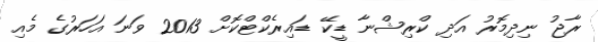
ރާޖު ނިދިމޮރު އަދި ކްރިޝްނާ ޑީކޭ ޑައިރެކްޓްކޮށް 2013 ވަނަ އަހަރުގެ މެއި